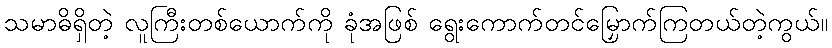
သမာဓိရှိတဲ့ လူကြီးတစ်ယောက်ကို ခုံအဖြစ် ရွေးကောက်တင်မြှောက်ကြတယ်တဲ့ကွယ်။